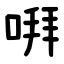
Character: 㗑